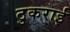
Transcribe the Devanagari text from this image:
ठुकराई